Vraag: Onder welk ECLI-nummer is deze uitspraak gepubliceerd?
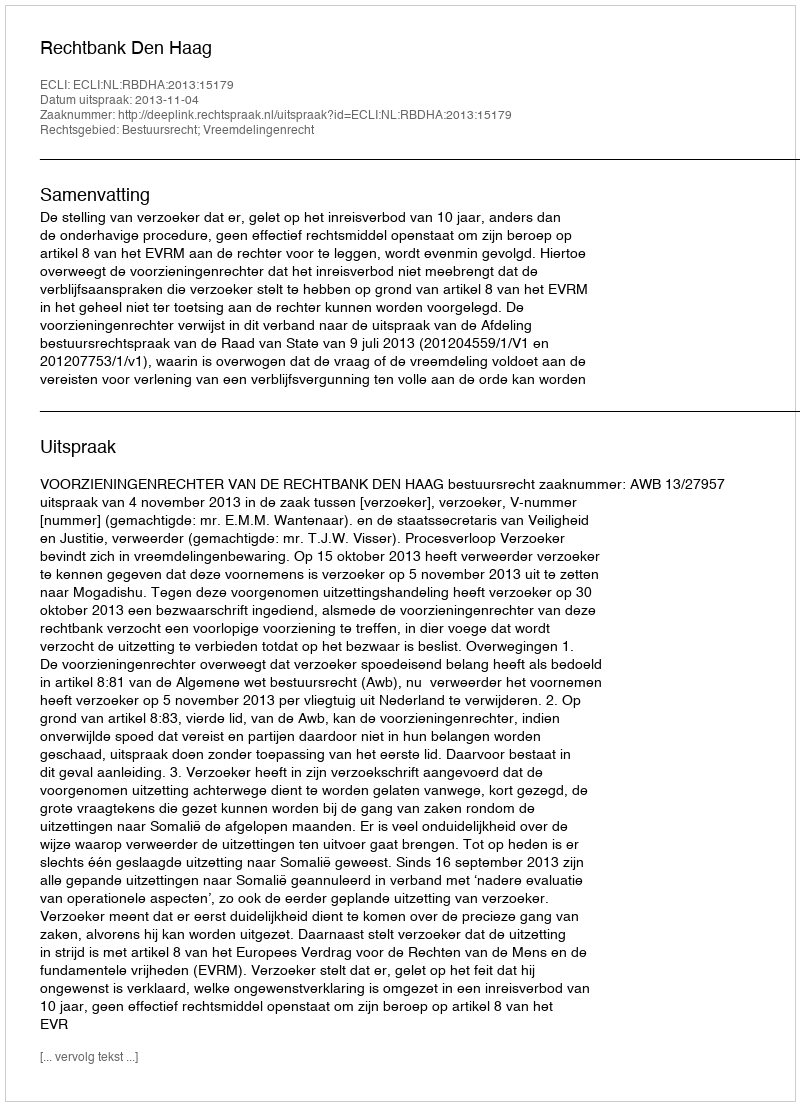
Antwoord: ECLI:NL:RBDHA:2013:15179